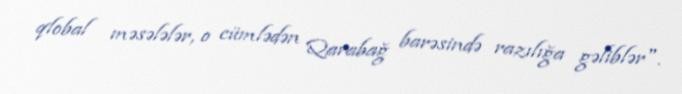
qlobal məsələlər, o cümlədən Qarabağ barəsində razılığa gəliblər".